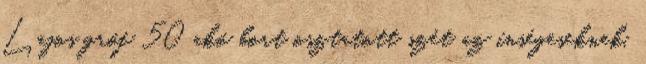
Lajos gróf 50 akó bort osztatott szét az ínségeseknek,